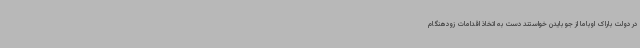
در دولت باراک اوباما از جو بایدن خواستند دست به اتخاذ اقدامات زودهنگام